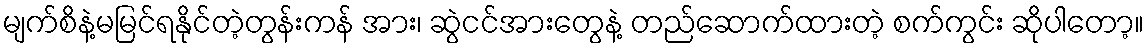
မျက်စိနဲ့မမြင်ရနိုင်တဲ့တွန်းကန် အား၊ ဆွဲငင်အားတွေနဲ့ တည်ဆောက်ထားတဲ့ စက်ကွင်း ဆိုပါတော့။